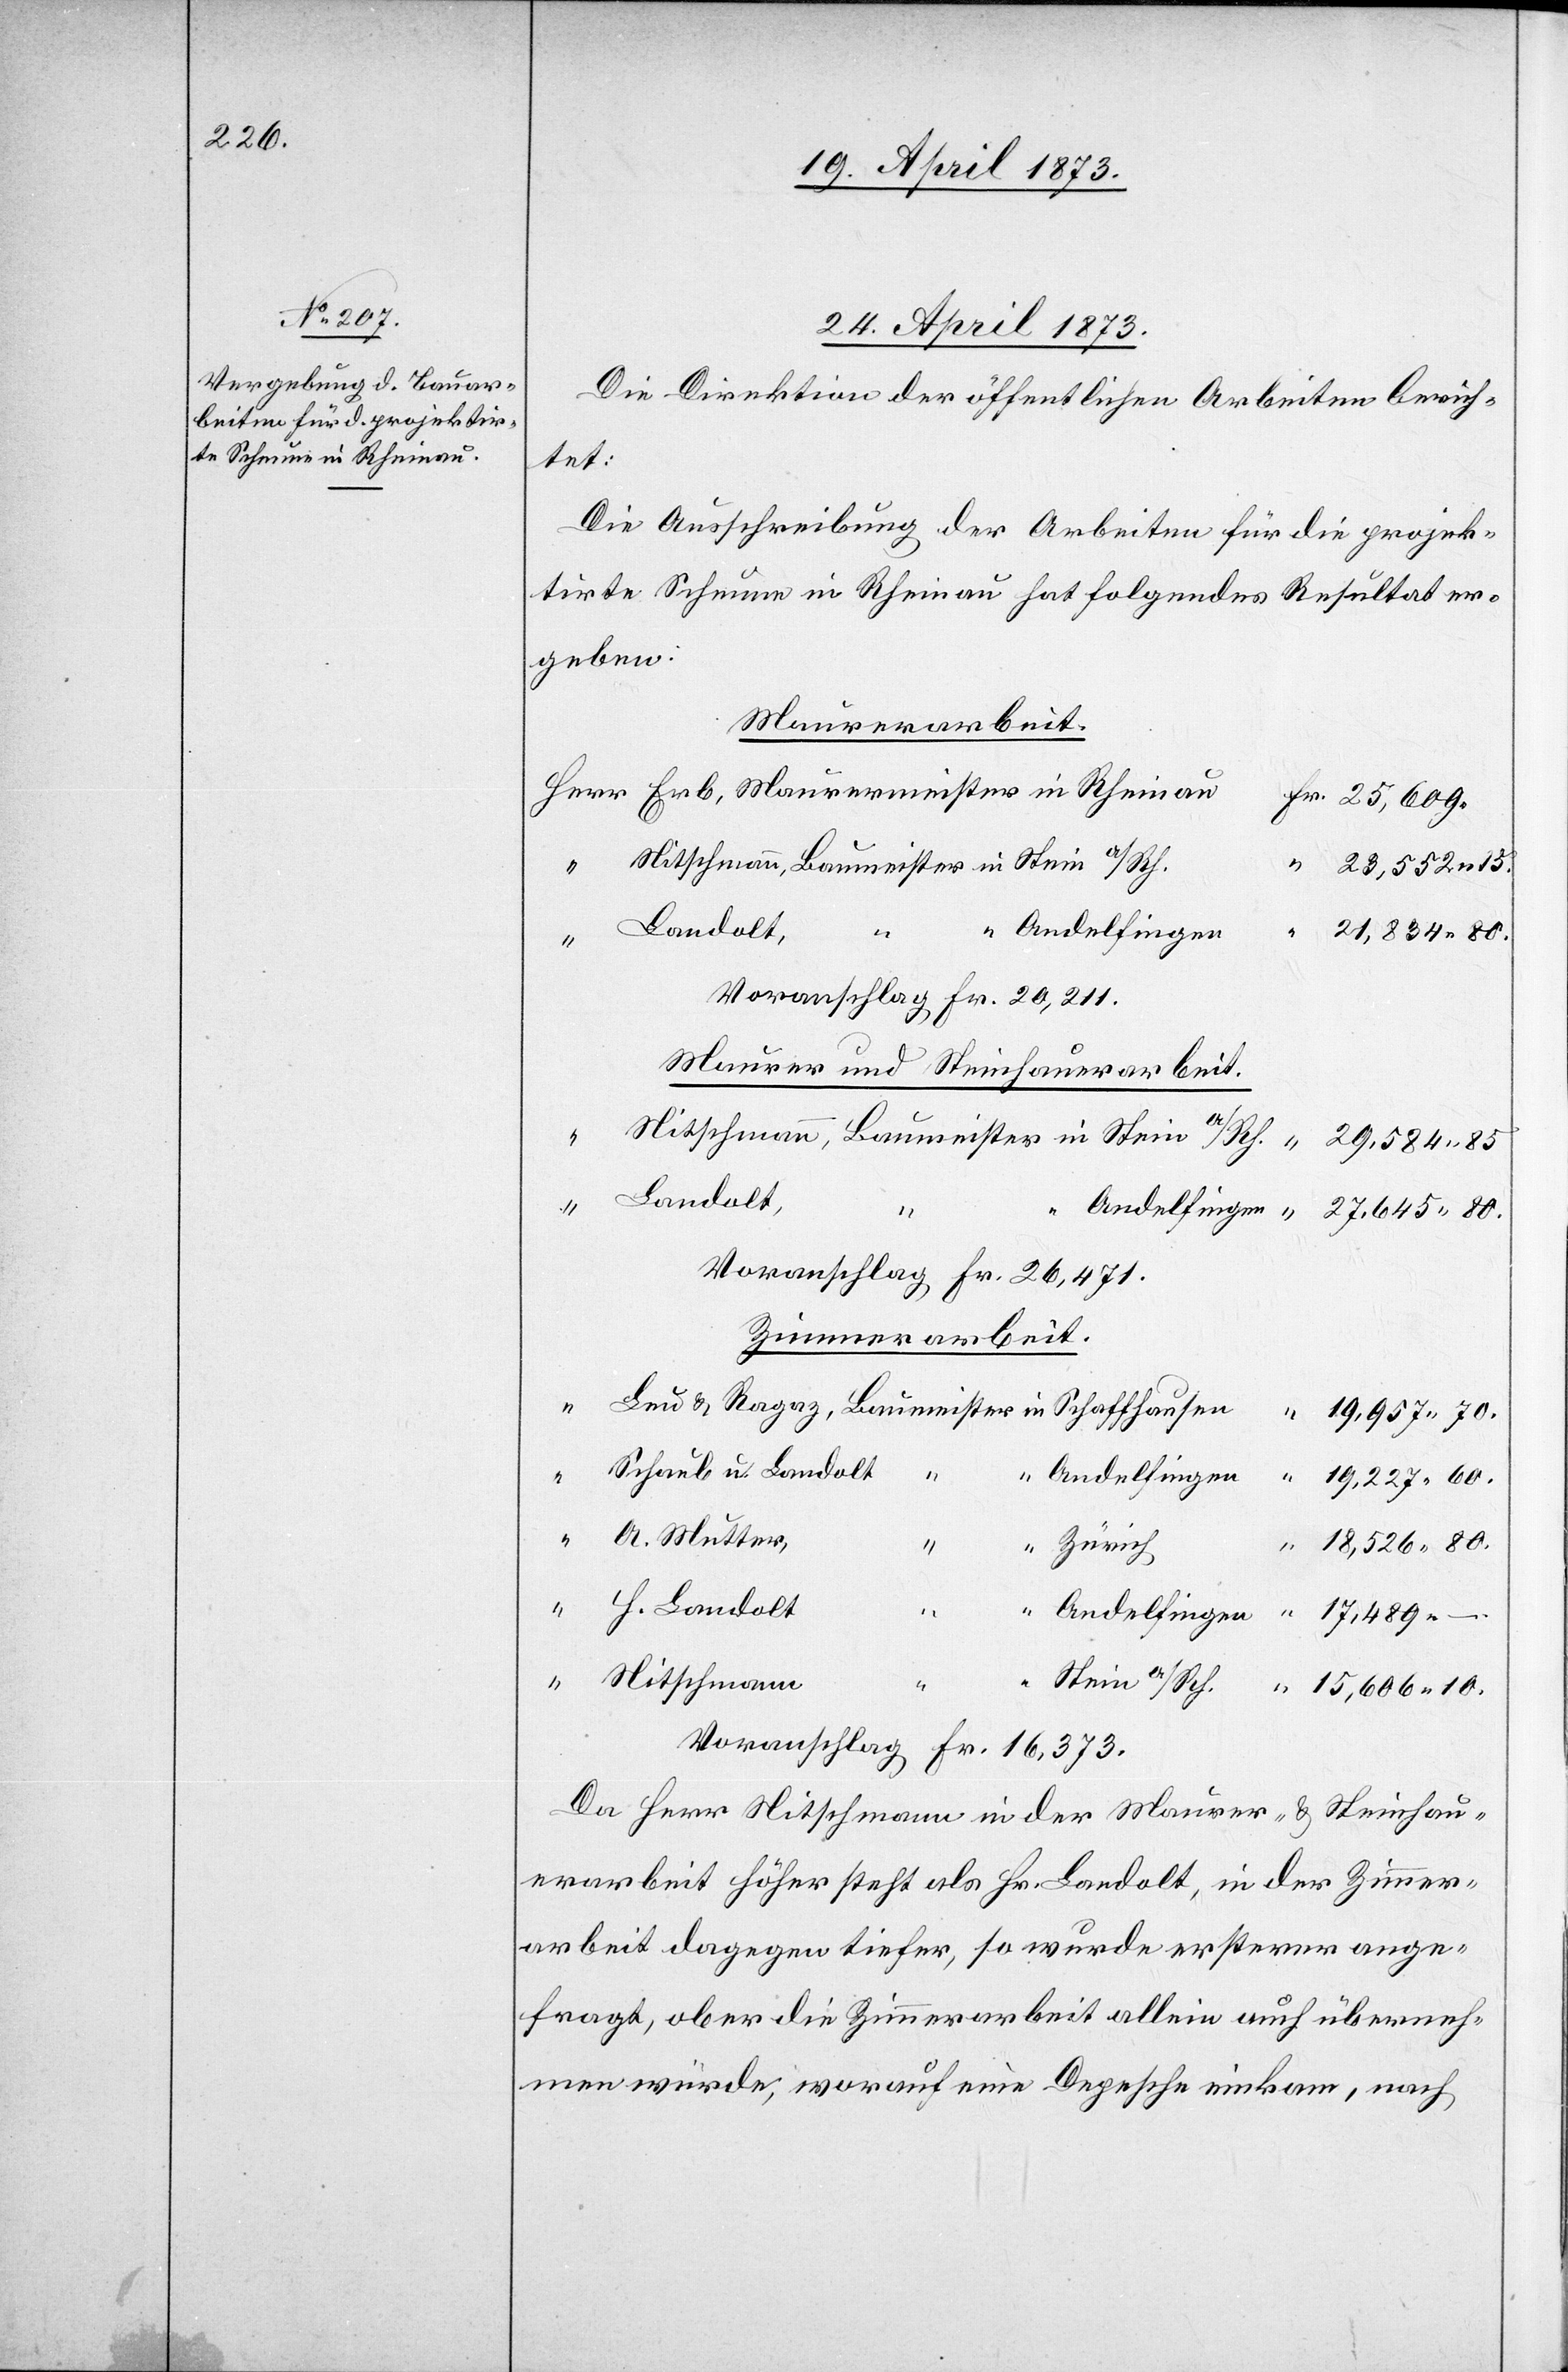
24. April 1873
Die Direktion der öffentlichen Arbeiten berich¬
tet:
Die Ausschreibung der Arbeiten für die projek¬
tirte Scheune in Rheinau hat folgendes Resultat er¬
geben:
Maurerarbeit.
29,584 85.
H.
Landolt
Andelfingen
a/Rh.
10.
21,834 80.
Voranschlag Fr. 20,211.
Maurer und Steinhauerarbeit.
80.
Voranschlag Fr. 26,471.
Zimmerarbeit.
Schaub u. Landolt
Zürich
80.
“
Nitschmann
Voranschlag Fr. 16,373.
Da Herr Nitschmann in der Maurer- & Steinhau¬
erarbeit höher steht als Hr. Landolt, in der Zimmer¬
arbeit dagegen tiefer, so wurde ersterer ange¬
fragt, ob er die Zimmerarbeit allein auch überneh¬
men würde, worauf eine Depesche einkam, nach